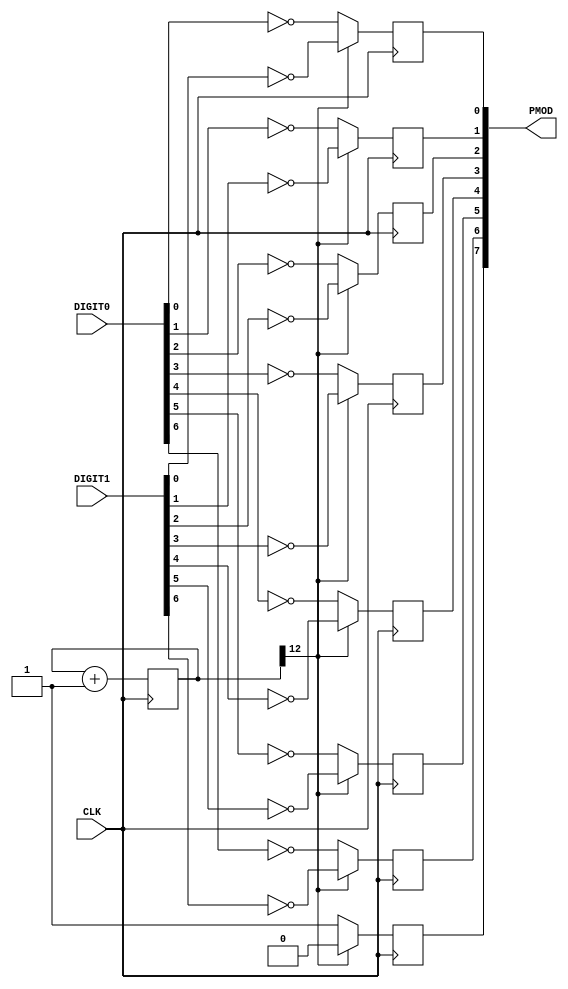
module sevsegraw (
    input wire CLK,
    input wire [7:0] DIGIT0,
    input wire [7:0] DIGIT1,
    output wire [7:0] PMOD
    );

    reg aa;
    reg ab;
    reg ac;
    reg ad;
    reg ae;
    reg af;
    reg ag;
    reg ca;

    reg [12:0] counter = 13'd0;
    always @(posedge CLK) begin
        counter <= counter + 13'd1;
    end

    always @(posedge CLK) begin
        if (counter[12]==0) begin
            aa <= ~DIGIT0[0];
            ab <= ~DIGIT0[1];
            ac <= ~DIGIT0[2];
            ad <= ~DIGIT0[3];
            ae <= ~DIGIT0[4];
            af <= ~DIGIT0[5];
            ag <= ~DIGIT0[6];
            ca <= 1;
        end
        else begin
            aa <= ~DIGIT1[0];
            ab <= ~DIGIT1[1];
            ac <= ~DIGIT1[2];
            ad <= ~DIGIT1[3];
            ae <= ~DIGIT1[4];
            af <= ~DIGIT1[5];
            ag <= ~DIGIT1[6];
            ca <= 0;
        end
    end

    assign PMOD = {ca, ag, af, ae, ad, ac, ab, aa};
endmodule

module sevseg (
    input wire CLK,
    input wire [3:0] DIGIT0,
    input wire [3:0] DIGIT1,
    output wire [7:0] PMOD
    );

    reg aa;
    reg ab;
    reg ac;
    reg ad;
    reg ae;
    reg af;
    reg ag;
    reg ca;

    reg [12:0] counter = 13'd0;
    always @(posedge CLK) begin
        counter <= counter + 13'd1;
    end

    wire [6:0] sseg0;
    wire [6:0] sseg1;
    hex2sseg hex2sseg_inst0(
        CLK,
        DIGIT0,
        sseg0
    );

    hex2sseg hex2sseg_inst1(
        CLK,
        DIGIT1,
        sseg1
    );

    always @(posedge CLK) begin
        if (counter[12]==0) begin
            aa <= ~sseg0[0];
            ab <= ~sseg0[1];
            ac <= ~sseg0[2];
            ad <= ~sseg0[3];
            ae <= ~sseg0[4];
            af <= ~sseg0[5];
            ag <= ~sseg0[6];
            ca <= 1;
        end
        else begin
            aa <= ~sseg1[0];
            ab <= ~sseg1[1];
            ac <= ~sseg1[2];
            ad <= ~sseg1[3];
            ae <= ~sseg1[4];
            af <= ~sseg1[5];
            ag <= ~sseg1[6];
            ca <= 0;
        end
    end

    assign PMOD = {ca, ag, af, ae, ad, ac, ab, aa};
endmodule

module hex2sseg(
    input wire CLK,
    input wire [3:0] NUMBER,
    output reg [6:0] SSEG
    );

    always @(posedge CLK) begin
        case (NUMBER)
            4'h0:
                SSEG <= 7'b0111111;
            4'h1:
                SSEG <= 7'b0000110;
            4'h2:
                SSEG <= 7'b1011011;
            4'h3:
                SSEG <= 7'b1001111;
            4'h4:
                SSEG <= 7'b1100110;
            4'h5:
                SSEG <= 7'b1101101;
            4'h6:
                SSEG <= 7'b1111101;
            4'h7:
                SSEG <= 7'b0000111;
            4'h8:
                SSEG <= 7'b1111111;
            4'h9:
                SSEG <= 7'b1101111;
            4'hA:
              	SSEG <= 7'b1110111;
            4'hB:
             	SSEG <= 7'b1111100;
            4'hC:
            	SSEG <= 7'b0111001;
            4'hD:
            	SSEG <= 7'b1011110;
            4'hE:
                SSEG <= 7'b1111001;
            4'hF:
            	SSEG <= 7'b1110001;
        endcase
    end
endmodule